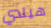
هيلدي